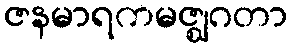
ဇနမာရကမဇ္ဈဂတာ